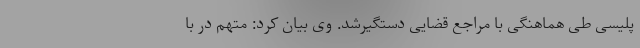
پلیسی طی هماهنگی با مراجع قضایی دستگیرشد. وی بیان کرد: متهم در با